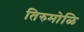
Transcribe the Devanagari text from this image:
तिरुमोळि